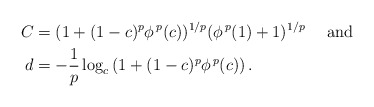
\begin{align*}C&=(1+(1-c)^p\phi^{\, p}(c))^{1/p}(\phi^{\,p}(1)+1)^{1/p} \quad\mbox{ and} \\d&=-\frac{1}{p} \log_c \left(1+(1-c)^p\phi^{\, p}(c)\right) .\end{align*}